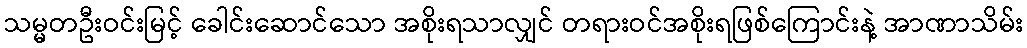
သမ္မတဦးဝင်းမြင့် ခေါင်းဆောင်သော အစိုးရသာလျှင် တရားဝင်အစိုးရဖြစ်ကြောင်းနဲ့ အာဏာသိမ်း